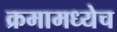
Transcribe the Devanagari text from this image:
क्रमामध्येच